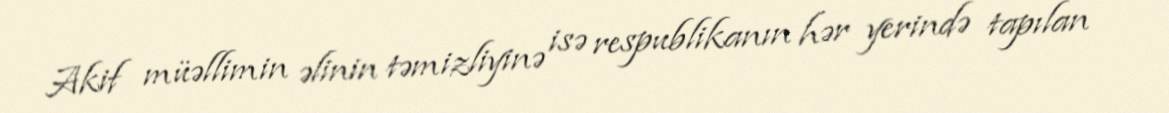
Akif müəllimin əlinin təmizliyinə isə respublikanın hər yerində tapılan